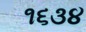
૧૬૩૪